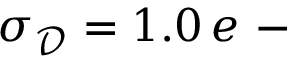
\sigma _ { \mathscr D } = 1 . 0 \, e \mathrm { ~ - ~ }